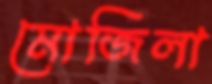
মোজিলা